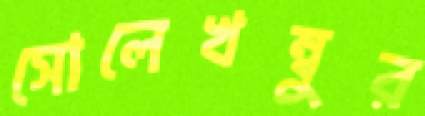
সোলেখম্বুর